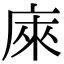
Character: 庲